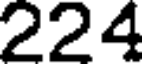
224